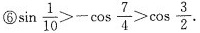
⑥$$\sin \frac{1}{10}>-\cos \frac{7}{4}>\cos \frac{3}{2}$$.